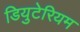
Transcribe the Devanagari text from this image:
डियुटेरियम